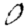
Digit: 0